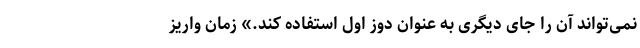
نمی‌تواند آن را جای دیگری به عنوان دوز اول استفاده کند.» زمان واریز